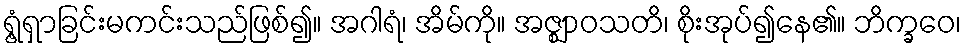
ရွံ့ရှာခြင်းမကင်းသည်ဖြစ်၍။ အဂါရံ၊ အိမ်ကို။ အဇ္ဈာဝသတိ၊ စိုးအုပ်၍နေ၏။ ဘိက္ခဝေ၊